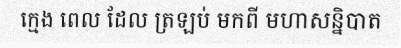
ក្មេង ពេល ដែល ត្រឡប់ មកពី មហាសន្និបាត